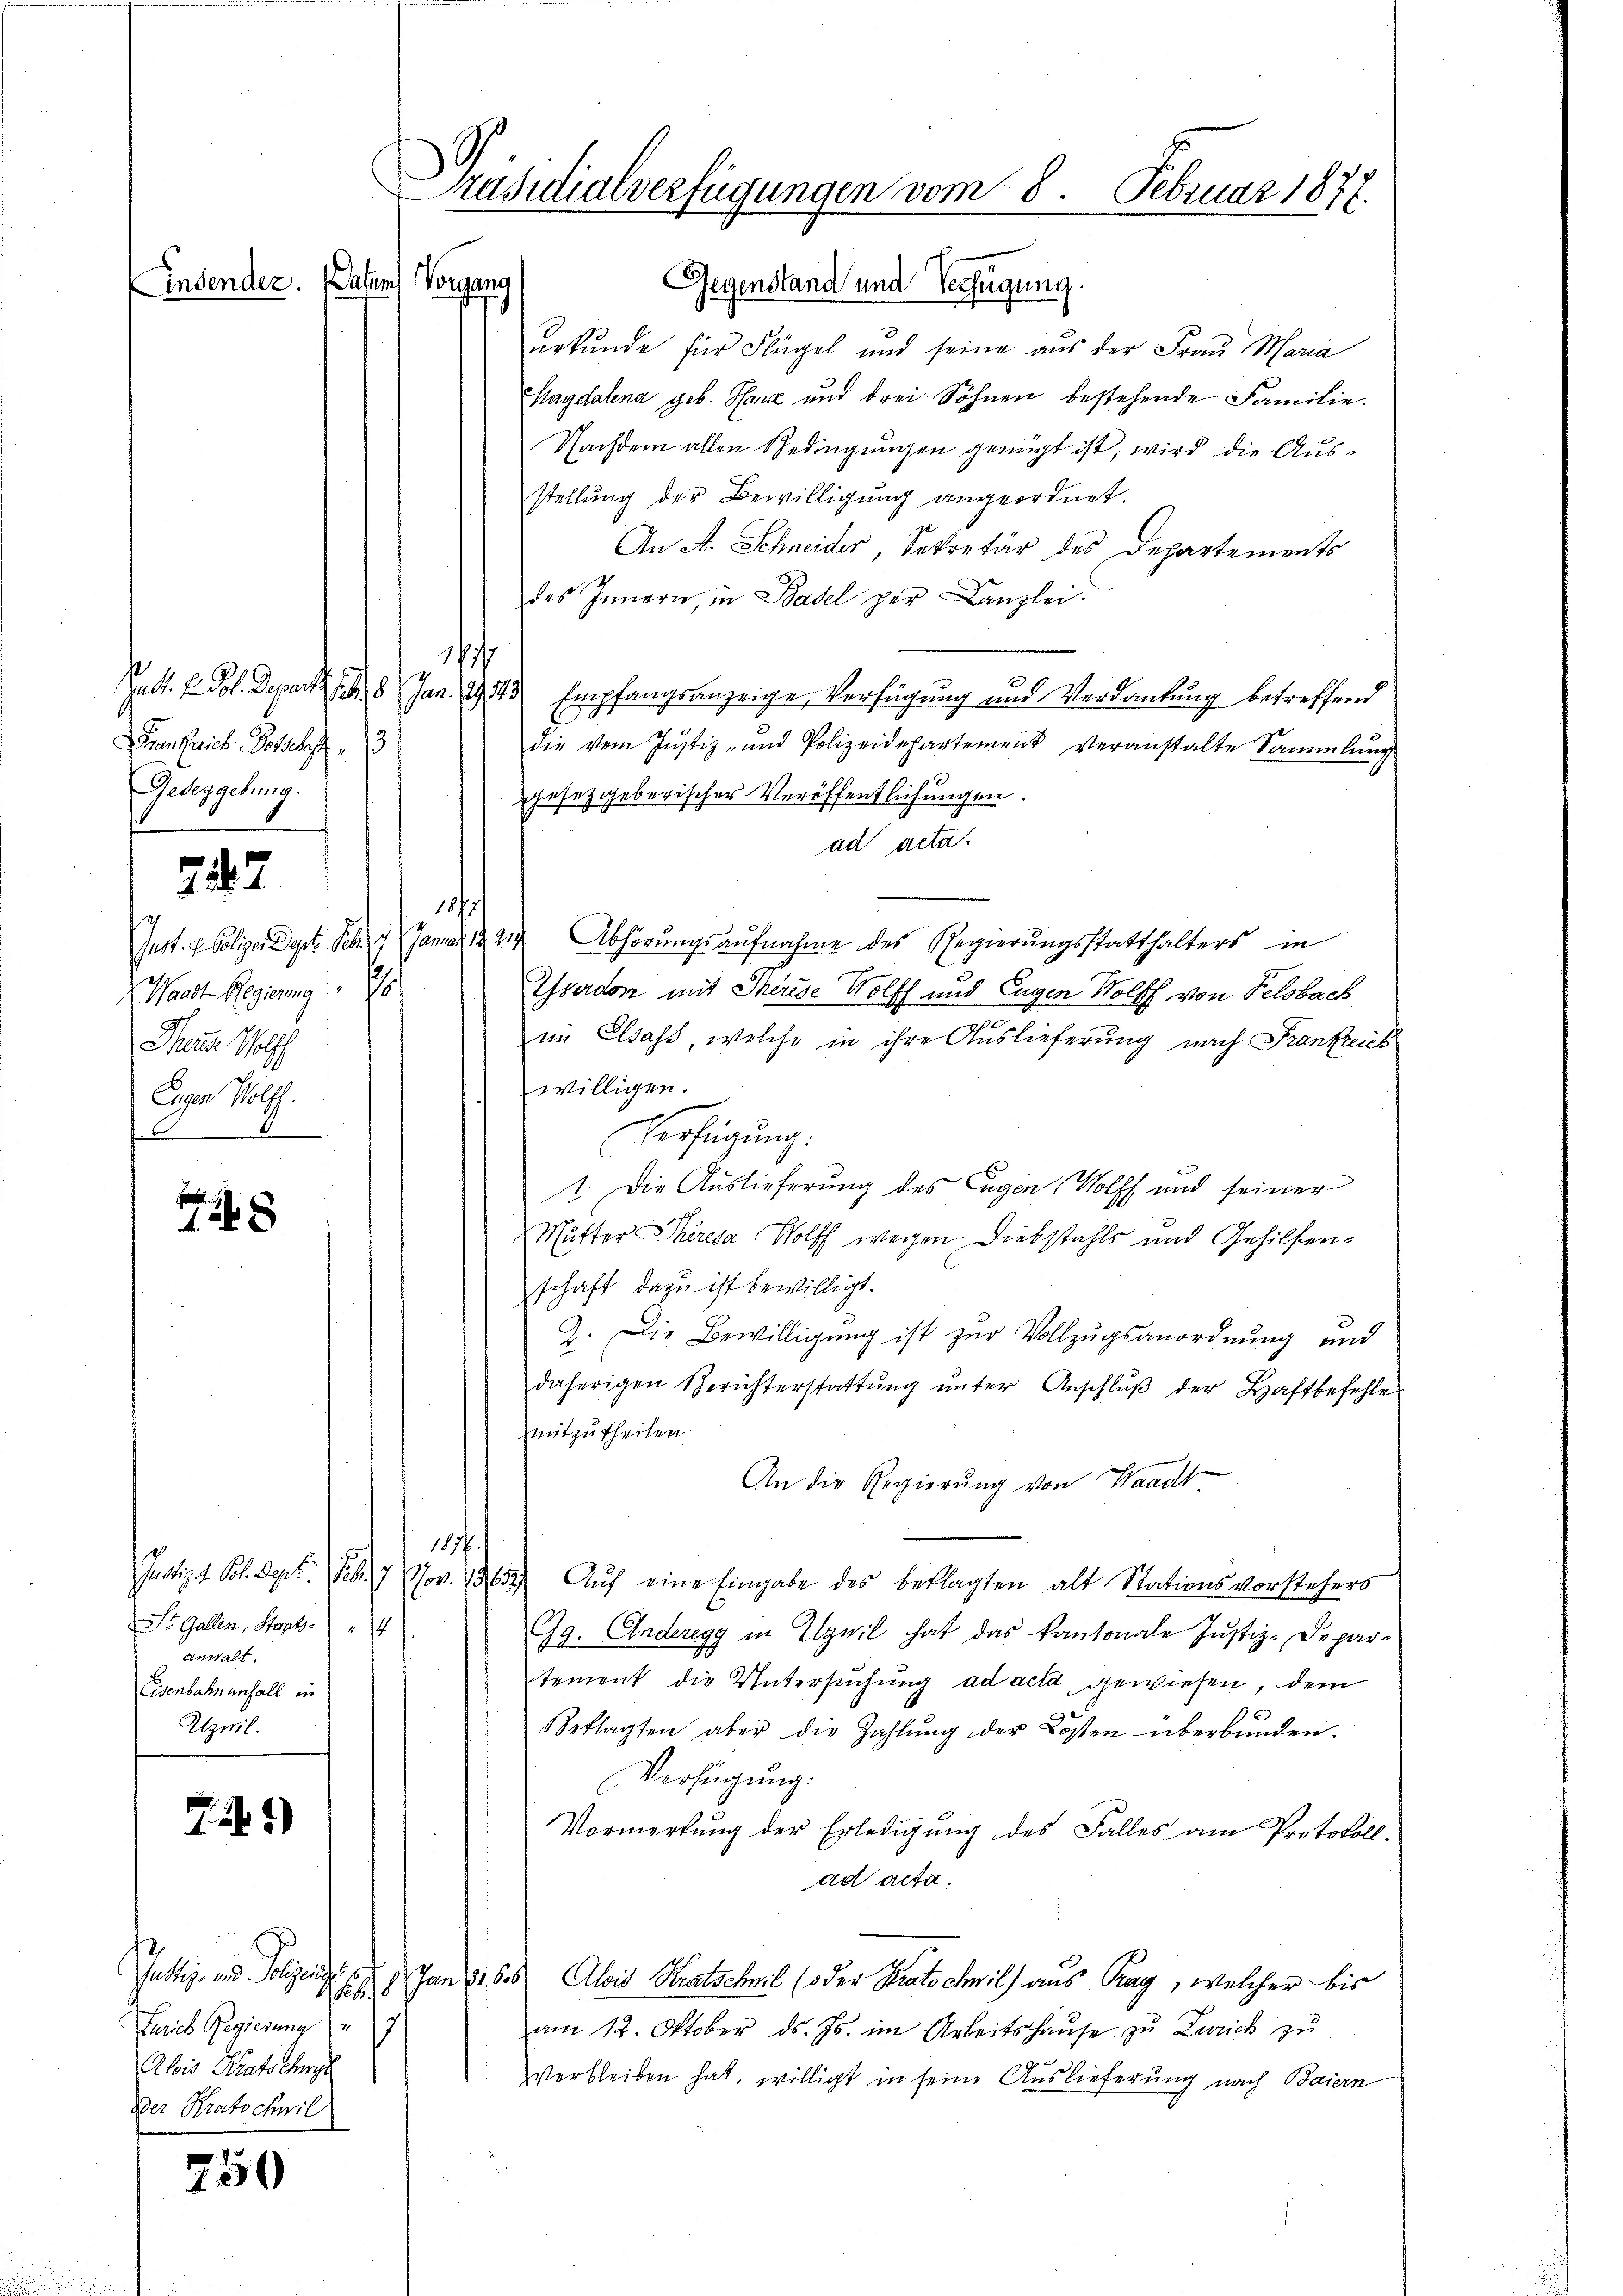
Einsender. Paten Vorgang

Frankreich Botschaft
Gedeggebung.

747

1
Waadt Regierung
7
Therer Wolff
Eigen Wolff.

e
12 x

St. Gallen, Mart. 4
anwalt.
Eisenbahn anfall in
April.

.1)

1.
Farich Regierung 7
Alois Kratschul
Der Kratocheril

e
10

Präsidialverfügungen vom 8. Februar 1878.

Gegenstand und Verfügung.
urkunde für Flügel und seine aus der Frau Maria
Magdalena geb. Harz und drei Söhnen bestehende Familie.
Nachdem allen Bedingungen genügt ist, wird die Ausstellung der Bewilligung angeordnet.
An A. Schneider, Sekretär des Departements
des Innern, in Basel per Canzlei.
e
Ratt. E. Pol. Departi f 8 Jan. 1943 Empfangsanzeige, Verfügung und Verdankung betreffend
die vom Justiz- und Polizeidepartement veranstalte Sammlung
gesetzgeberischer Veröffentlichungen.
ad acta.
1872/
sest. 2 Polizei Dept. Febr. 1 Januar 1824 Abhörungsaŭfnahme des Regierŭngsstatthalters in
Eserdor mit Therese Wolff und Eugen Wolff von Felsbach
im Elsass, welche in ihre Auslieferung nach Frankreich
willigen.
Verfügung:
1. Die Auslieferung des Eugen Wolff und seiner
Mutter Theresa Wolff wegen Diebstahls und Gehilfenschaft dazu ist bewilligt.
2. Die Bewilligung ist zur Vollzugsanordnung und
daherigen Berichterstattŭng ŭnter Anschlŭβ der Haftbefehle
mitzutheilen
An die Regierŭng von Waadt.
1857.
Justiz & Pol. Sept. Febr. 17 Nov. 13652. Aŭf eine Eingabe des beklagten alt Stationsvorstehers
Gg. Anderegg in Elzuil hat das kantonale Justiz-Departement die Untersuchung ad acta gewiesen, dem
Beklagten aber die Zahlŭng der Losten überbunden.
Verfügung.
Vormerkung der Erledigung des Falles am Protokoll.
ad acta.
Justiz- und Polizeins s. Jan. 116. Alois Kratschwil (oder Bratschwil) aus Tag, welcher bis
am 12. Oktober ds. Js. im Arbeitshaŭse zŭ Zerrich zŭ
Verbleiben hat, willigt in seine Auslieferung nach Baiern